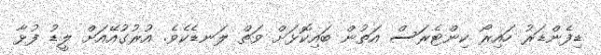
ޑިފެންޑަރު ހައިރޯ ކިންޓެރަސް އަތުން ބައިކޮޅަށް ވަތް ލަނޑެކެވެ. އުރުގުއޭއަށް ލީޑު ފުޅާ